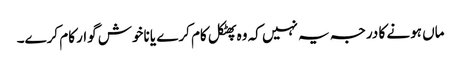
ماں ہونے کا درجہ یہ نہیں کہ وہ پھٹکل کام کرے یا ناخوش گوار کام کرے۔